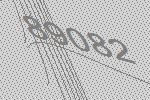
89082